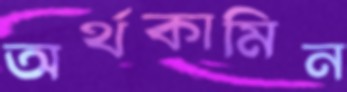
অর্থকামিন